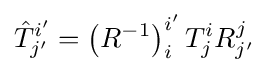
{\hat {T}}_{j'}^{i'}=\left(R^{-1}\right)_{i}^{i'}T_{j}^{i}R_{j'}^{j}